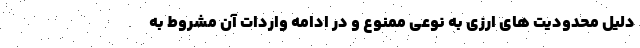
دلیل محدودیت های ارزی به نوعی ممنوع و در ادامه واردات آن مشروط به